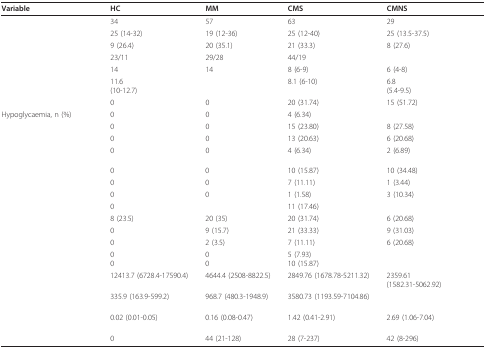
<table><thead><tr><td><b>Variable</b></td><td><b>HC</b></td><td><b>MM</b></td><td><b>CMS</b></td><td><b>CMNS</b></td></tr></thead><tbody><tr><td>[EMPTY_CELL]</td><td>34</td><td>57</td><td>63</td><td>29</td></tr><tr><td>[EMPTY_CELL]</td><td>25 (14-32)</td><td>19 (12-36)</td><td>25 (12-40)</td><td>25 (13.5-37.5)</td></tr><tr><td>[EMPTY_CELL]</td><td>9 (26.4)</td><td>20 (35.1)</td><td>21 (33.3)</td><td>8 (27.6)</td></tr><tr><td>[EMPTY_CELL]</td><td>23/11</td><td>29/28</td><td>44/19</td><td>[EMPTY_CELL]</td></tr><tr><td>[EMPTY_CELL]</td><td>14</td><td>14</td><td>8 (6-9)</td><td>6 (4-8)</td></tr><tr><td>[EMPTY_CELL]</td><td>11.6(10-12.7)</td><td>[EMPTY_CELL]</td><td>8.1 (6-10)</td><td>6.8(5.4-9.5)</td></tr><tr><td>[EMPTY_CELL]</td><td>0</td><td>0</td><td>20 (31.74)</td><td>15 (51.72)</td></tr><tr><td>Hypoglycaemia, n (%)</td><td>0</td><td>0</td><td>4 (6.34)</td><td>[EMPTY_CELL]</td></tr><tr><td>[EMPTY_CELL]</td><td>0</td><td>0</td><td>15 (23.80)</td><td>8 (27.58)</td></tr><tr><td>[EMPTY_CELL]</td><td>0</td><td>0</td><td>13 (20.63)</td><td>6 (20.68)</td></tr><tr><td>[EMPTY_CELL]</td><td>0</td><td>0</td><td>4 (6.34)</td><td>2 (6.89)</td></tr><tr><td>[EMPTY_CELL]</td><td>0</td><td>0</td><td>10 (15.87)</td><td>10 (34.48)</td></tr><tr><td>[EMPTY_CELL]</td><td>0</td><td>0</td><td>7 (11.11)</td><td>1 (3.44)</td></tr><tr><td>[EMPTY_CELL]</td><td>0</td><td>0</td><td>1 (1.58)</td><td>3 (10.34)</td></tr><tr><td>[EMPTY_CELL]</td><td>0</td><td>[EMPTY_CELL]</td><td>11 (17.46)</td><td>[EMPTY_CELL]</td></tr><tr><td>[EMPTY_CELL]</td><td>8 (23.5)</td><td>20 (35)</td><td>20 (31.74)</td><td>6 (20.68)</td></tr><tr><td>[EMPTY_CELL]</td><td>0</td><td>9 (15.7)</td><td>21 (33.33)</td><td>9 (31.03)</td></tr><tr><td>[EMPTY_CELL]</td><td>0</td><td>2 (3.5)</td><td>7 (11.11)</td><td>6 (20.68)</td></tr><tr><td>[EMPTY_CELL]</td><td>00</td><td>00</td><td>5 (7.93)10 (15.87)</td><td>[EMPTY_CELL]</td></tr><tr><td>[EMPTY_CELL]</td><td>12413.7 (6728.4-17590.4)</td><td>4644.4 (2508-8822.5)</td><td>2849.76 (1678.78-5211.32)</td><td>2359.61(1582.31-5062.92)</td></tr><tr><td>[EMPTY_CELL]</td><td>335.9 (163.9-599.2)</td><td>968.7 (480.3-1948.9)</td><td>3580.73 (1193.59-7104.86)</td><td>[EMPTY_CELL]</td></tr><tr><td>[EMPTY_CELL]</td><td>0.02 (0.01-0.05)</td><td>0.16 (0.08-0.47)</td><td>1.42 (0.41-2.91)</td><td>2.69 (1.06-7.04)</td></tr><tr><td>[EMPTY_CELL]</td><td>0</td><td>44 (21-128)</td><td>28 (7-237)</td><td>42 (8-296)</td></tr></tbody></table>